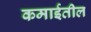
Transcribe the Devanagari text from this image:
कमाईतील